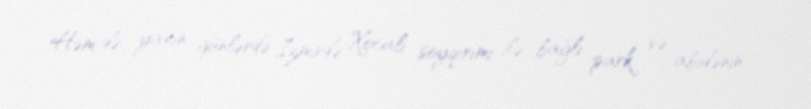
Həm də yaxın günlərdə İzmirdə Xocalı soyqırımı ilə bağlı park və abidənin